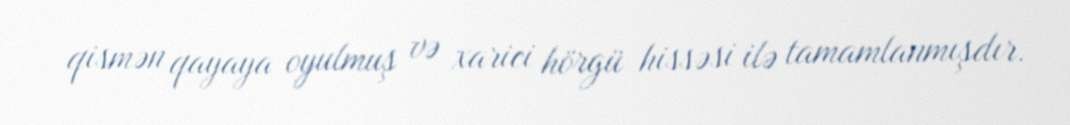
qismən qayaya oyulmuş və xarici hörgü hissəsi ilə tamamlanmışdır.